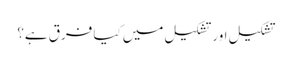
تشکیل اور تشکیل میں کیا فرق ہے؟